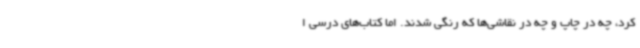
کرد، چه در چاپ و چه در نقاشی‌ها که رنگی شدند. اما کتاب‌های درسی ا